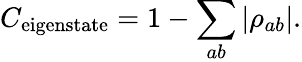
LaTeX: C_{\textrm{eigenstate}}=1-\sum_{ab}|{\rho}_{ab}|.